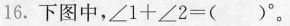
16.下图中，$$ \angle { 1 }+\angle { 2 }=()°。$$